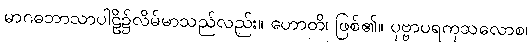
မာဂဓဘာသာပါဠိ၌လိမ်မာသည်လည်း။ ဟောတိ၊ ဖြစ်၏။ ပုဗ္ဗာပရကုသလောစ၊